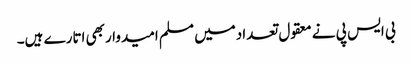
بی ایس پی نے معقول تعدادمیں مسلم امیدواربھی اتارے ہیں۔